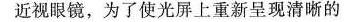
近视眼镜，为了使光屏上重新呈现清晰的